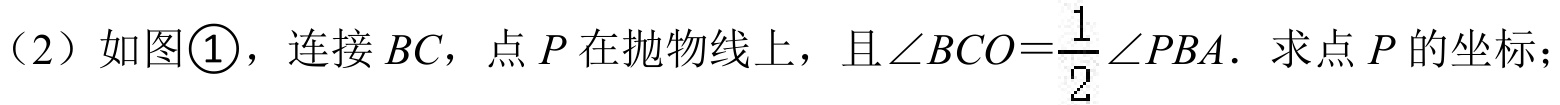
（2）如图\textcircled{1}，连接 \(BC\)，点 \(P\) 在抛物线上，且\(\angle BCO=\frac{1}{2}\angle PBA\). 求点 \(P\) 的坐标；